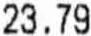
23.79